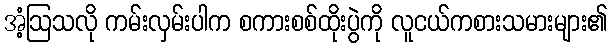
အံ့ဩသလို ကမ်းလှမ်းပါက စကားစစ်ထိုးပွဲကို လူငယ်ကစားသမားများ၏